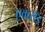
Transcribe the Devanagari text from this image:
एकरॉड